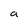
Character: a